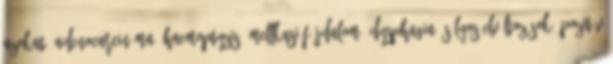
azokat. Adenocarcinóma, haemoptyzis, mellkasi fájdalom, dysphagia, súlyos elváltozások, pozitív